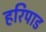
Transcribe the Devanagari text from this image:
हरिपाड